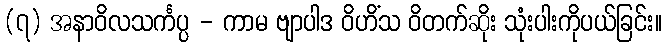
(၇) အနာဝိလသင်္ကပ္ပ - ကာမ ဗျာပါဒ ဝိဟိံသ ဝိတက်ဆိုး သုံးပါးကိုပယ်ခြင်း။